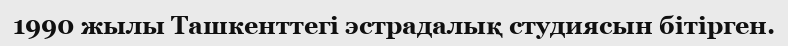
1990 жылы Ташкенттегі эстрадалық студиясын бітірген.